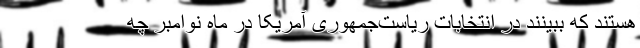
هستند که ببینند در انتخابات ریاست‌جمهوری آمریکا در ماه نوامبر چه